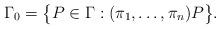
LaTeX: \begin{gather*}\Gamma_0=\bigl\{P\in\Gamma:(\pi_1,\ldots,\pi_n)P\bigr\}.\end{gather*}